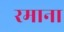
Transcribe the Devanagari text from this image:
रमाना